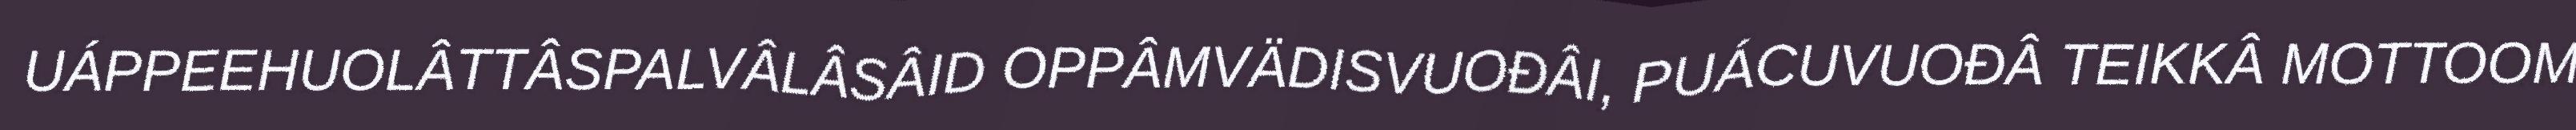
UÁPPEEHUOLÂTTÂSPALVÂLÂSÂID OPPÂMVÄDISVUOĐÂI, PUÁCUVUOĐÂ TEIKKÂ MOTTOOM